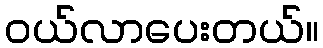
ဝယ်လာပေးတယ်။